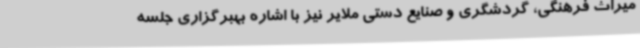
میراث فرهنگی، گردشگری و صنایع دستی ملایر نیز با اشاره بهبرگزاری جلسه